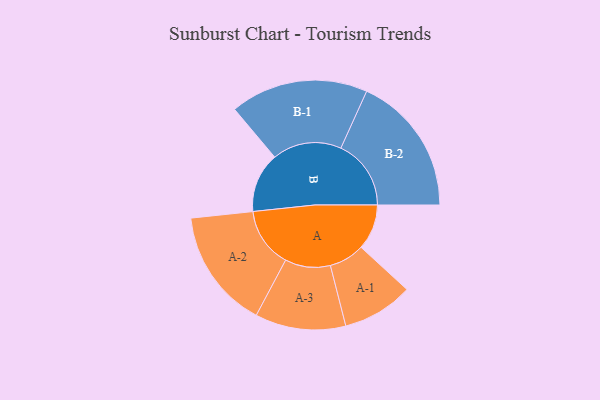
{"axis": {"x": "Segment", "y": "Value"}, "legend": ["", "A", "B"], "data": [{"x": "A", "y": 194, "type": ""}, {"x": "B", "y": 255, "type": ""}, {"x": "A-1", "y": 151, "type": "A"}, {"x": "A-2", "y": 255, "type": "A"}, {"x": "A-3", "y": 193, "type": "A"}, {"x": "B-1", "y": 294, "type": "B"}, {"x": "B-2", "y": 299, "type": "B"}]}